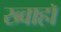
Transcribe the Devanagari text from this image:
ख्वाहाॅ